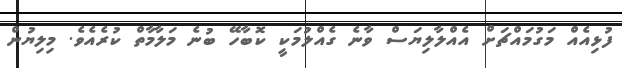
ފުޅިއެއް މަގުމައްޗަށް އެއްލާލިޔަސް ވާނެ ގެއްލުމަކީ ކޮބާހޭ ބުނެ މަލާމާތް ކުރެއެވެ. މިލިޔުން